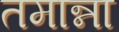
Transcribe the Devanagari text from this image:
तमान्ना